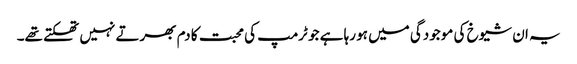
یہ ان شیوخ کی موجودگی میں ہو رہا ہے جو ٹرمپ کی محبت کا دم بھرتے نہیں تھکتے تھے۔